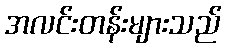
အလင်းတန်းများသည်